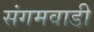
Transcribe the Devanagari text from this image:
संगमवाडी